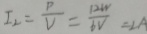
I _ { 2 } = \frac { p } { V } = \frac { 1 2 w } { 6 V } = \angle A